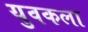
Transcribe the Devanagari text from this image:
युवकला